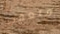
متعقب